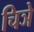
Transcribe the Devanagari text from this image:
चिञे